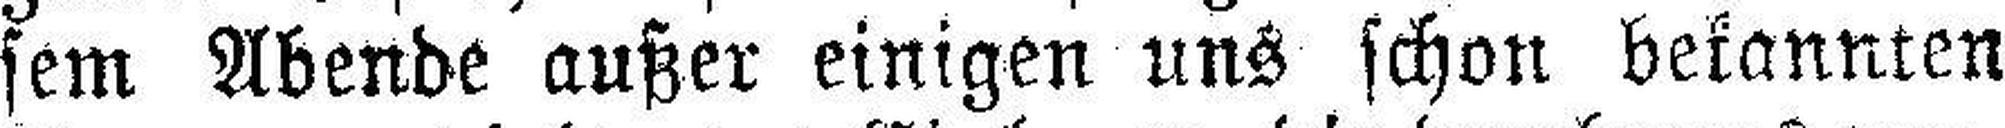
sem Abende außer einigen uns schon bekannten